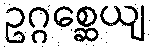
ဥဂ္ဂစ္ဆေယျ